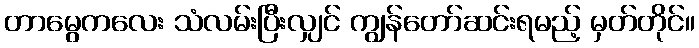
တာမွေကလေး သံလမ်းပြီးလျှင် ကျွန်တော်ဆင်းရမည့် မှတ်တိုင်။